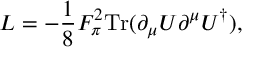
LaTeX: { \cal L } = - { \frac { 1 } { 8 } } F _ { \pi } ^ { 2 } \mathrm { T r } ( \partial _ { \mu } U \partial ^ { \mu } U ^ { \dagger } ) ,